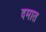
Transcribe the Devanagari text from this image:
दमात